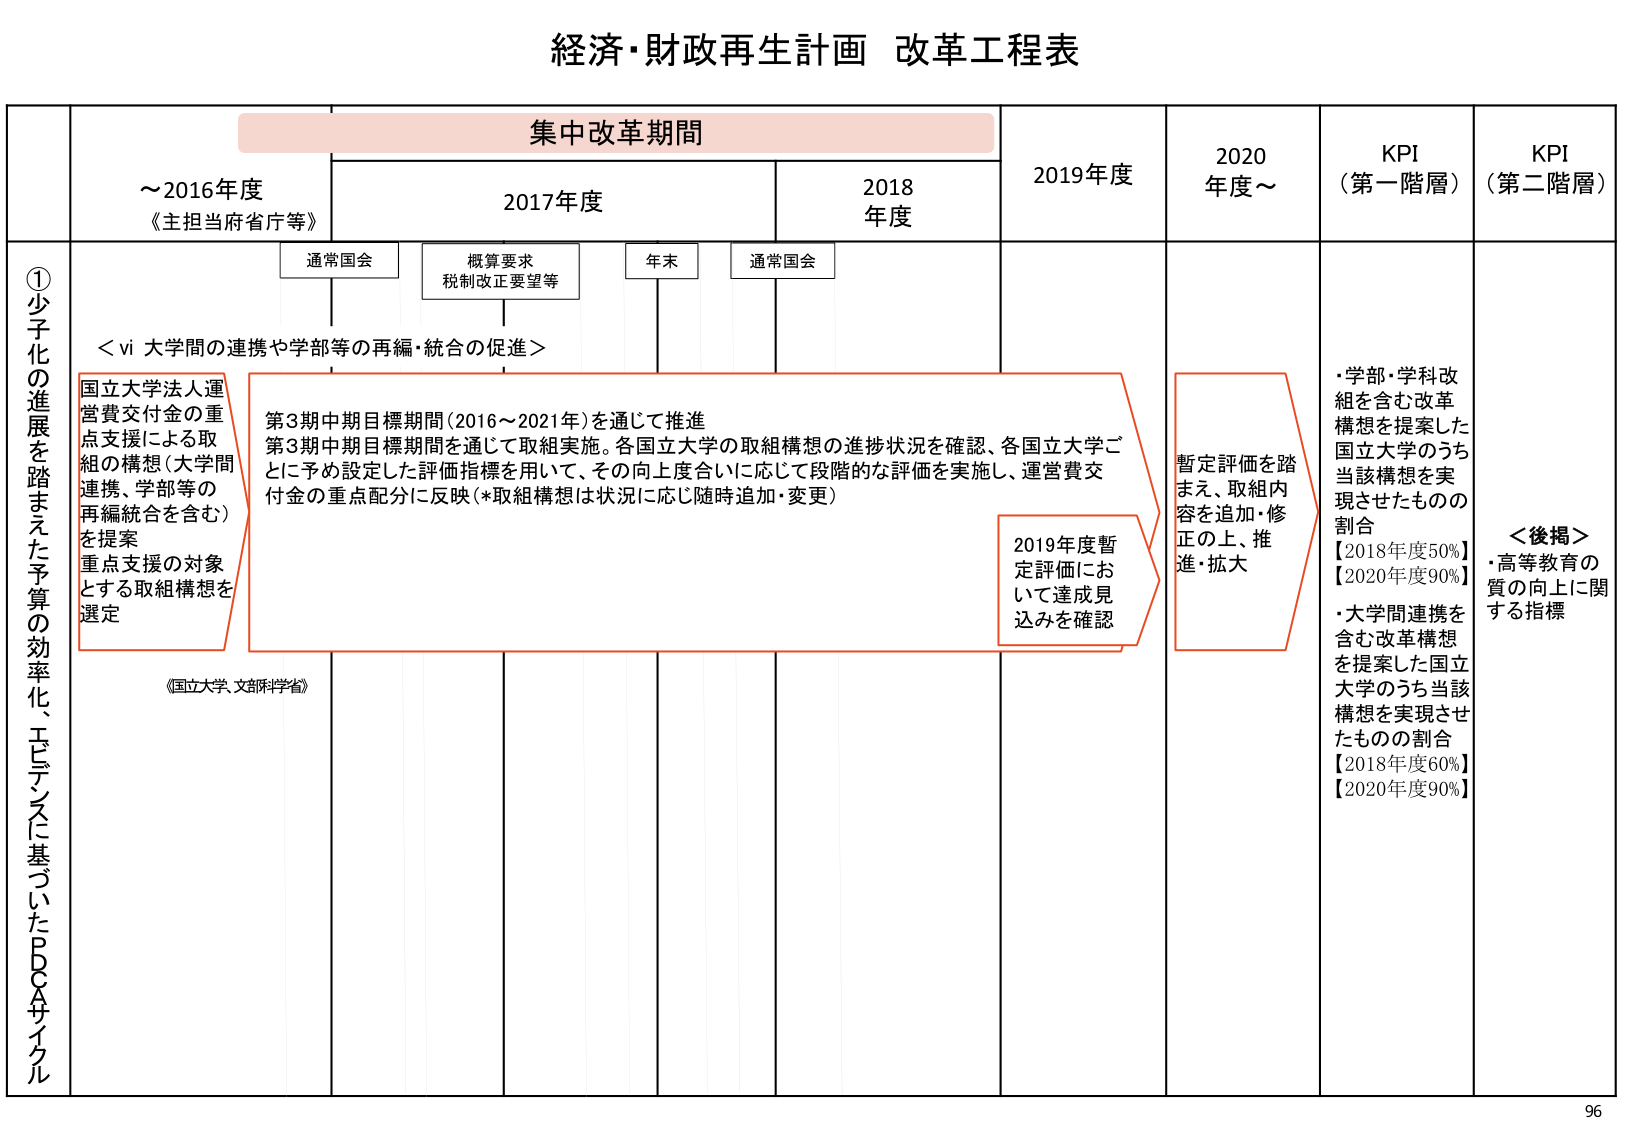
経済・財政再生計画 改革工程表

集中改革期間

～2016年度
《主担当府省庁等》

2017年度
通常国会
概算要求
税制改正要望等
年末
通常国会

2018年度

2019年度

2020年度～

KPI（第一階層）

KPI（第二階層）

①少子化の進展を踏まえた予算の効率化、エビデンスに基づいたPDCAサイクル

＜vi 大学間の連携や学部等の再編・統合の促進＞

国立大学法人運営費交付金の重点支援による取組の構想（大学間連携、学部等の再編統合を含む）を提案
重点支援の対象とする取組構想を選定

第3期中期目標期間（2016～2021年）を通じて推進
第3期中期目標期間を通じて取組実施。各国立大学の取組構想の進捗状況を確認、各国立大学ごとに予め設定した評価指標を用いて、その向上度合いに応じて段階的な評価を実施し、運営費交付金の重点配分に反映（*取組構想は状況に応じ随時追加・変更）

2019年度暫定評価において達成見込みを確認

暫定評価を踏まえ、取組内容を追加・修正の上、推進・拡大

・学部・学科改組を含む改革構想を提案した国立大学のうち当該構想を実現させたものの割合
【2018年度50%】
【2020年度90%】
・大学間連携を含む改革構想を提案した国立大学のうち当該構想を実現させたものの割合
【2018年度60%】
【2020年度90%】

＜後掲＞
・高等教育の質の向上に関する指標

《国立大学、文部科学省》

96